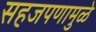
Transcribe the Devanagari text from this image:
सहजपणामुळे